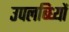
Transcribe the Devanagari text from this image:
उपलब्ध्यिों